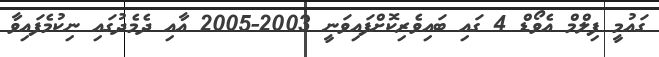
ގައުމީ ފިލްމް އެވޯޑް 4 ގައި ބައިވެރިކޮށްފައިވަނީ 2003-2005 އާއި ދެމެދުގައި ނިކުމެފައިވާ